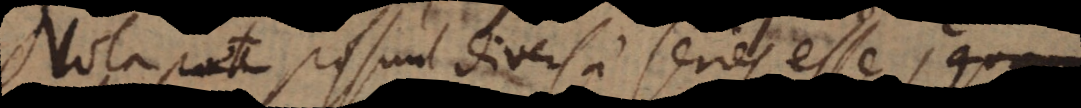
possunt diversae series esse, quarum